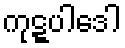
ကုဋ္ဋပါဒေါ